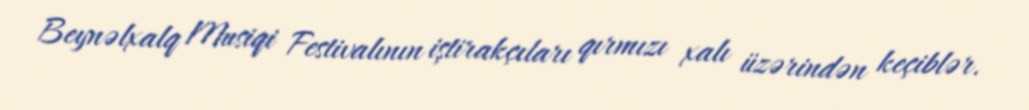
Beynəlxalq Musiqi Festivalının iştirakçıları qırmızı xalı üzərindən keçiblər.